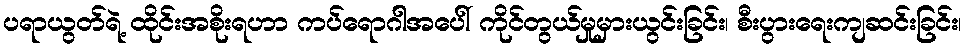
ပရာယွတ်ရဲ့ ထိုင်းအစိုးရဟာ ကပ်ရောဂါအပေါ် ကိုင်တွယ်မှုမှားယွင်းခြင်း၊ စီးပွားရေးကျဆင်းခြင်း၊